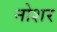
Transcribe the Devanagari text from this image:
नोशर